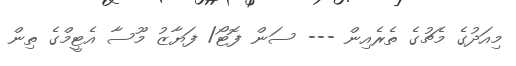
މިއަދުގެ މެޗުގެ ތެރެއިން --- ސަން ފޮޓޯ/ ފަޔާޒު މޫސާ އެޓީމްގެ ތިން